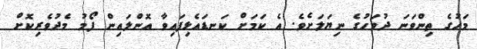
މަހުގެ ތިންވަނަ ދުވަހުގެ ނިޔަލަށެވެ. އެ ކަމަށް ކަނޑައެޅިފައިވާ އޮންލައިން ފޯމު މެދުވެރިކޮށް